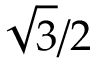
{ \sqrt { 3 } } / 2